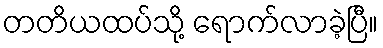
တတိယထပ်သို့ ရောက်လာခဲ့ပြီ။